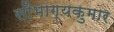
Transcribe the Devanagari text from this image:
सौभाग्यकुमार